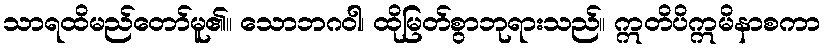
သာရထိမည်တော်မူ၏။ သောဘဂဝါ၊ ထိုမြတ်စွာဘုရားသည်။ ဣတိပိဣမိနာစကာ